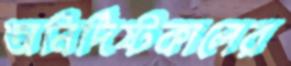
অনির্দিষ্টকালের